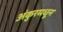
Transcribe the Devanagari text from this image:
अंकुरमधून